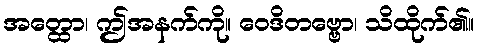
အတ္ထော၊ ဤအနက်ကို။ ဝေဒိတဗ္ဗော၊ သိထိုက်၏။